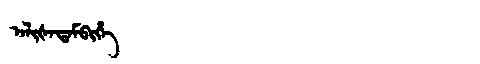
Manchu: ᠠᠯᡳᡧᠠᡨᠠᠮᠪᡳᡥᡝ
Romanization: ALIŠATAMBIHE